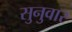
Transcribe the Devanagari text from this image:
सुनुवार